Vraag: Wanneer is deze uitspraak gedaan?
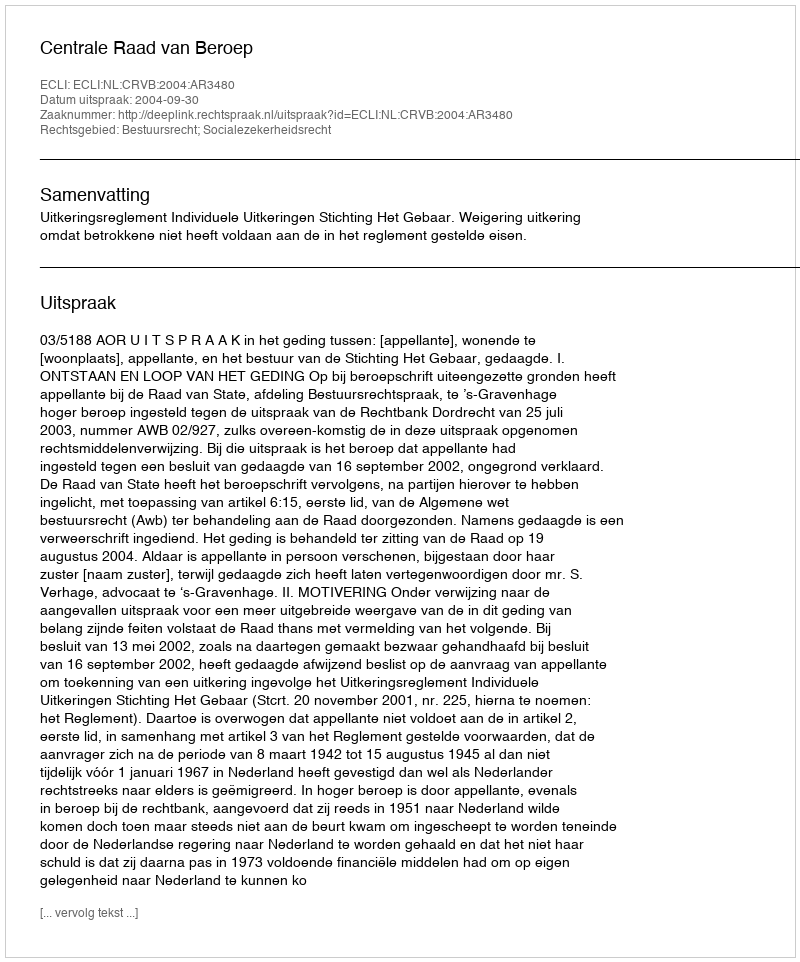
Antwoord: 2004-09-30